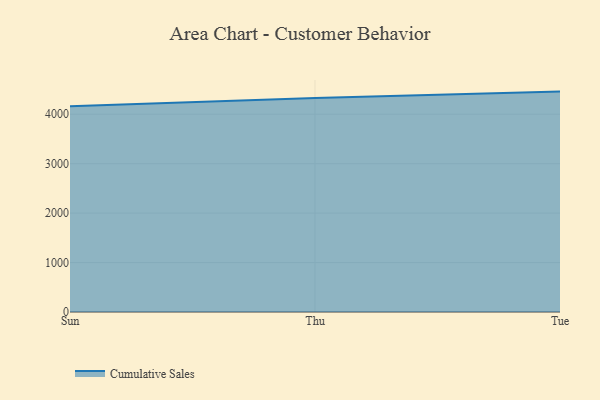
{"axis": {"x": "Day", "y": "Budget (USD K)"}, "legend": ["Cumulative Sales"], "data": [{"x": "Sun", "y": 4160.2, "type": "Cumulative Sales"}, {"x": "Thu", "y": 4331.1, "type": "Cumulative Sales"}, {"x": "Tue", "y": 4458.1, "type": "Cumulative Sales"}]}